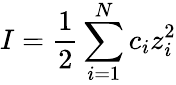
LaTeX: I={\frac{1}{2}}\sum_{i=1}^{N}c_{i}z_{i}^{2}